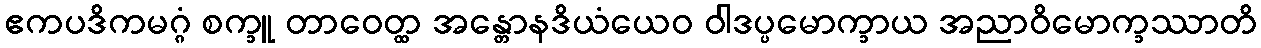
ဧကပဒိကမဂ္ဂံ စက္ခူ တာဝေတ္ထ အန္တောနဒိယံယေဝ ဝါဒပ္ပမောက္ခာယ အညာဝိမောက္ခဿာတိ